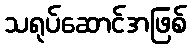
သရုပ်ဆောင်အဖြစ်